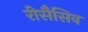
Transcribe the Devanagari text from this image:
रीसैसिव